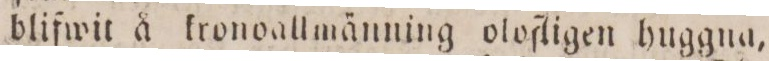
blifwit å kronoallmänning olofligen huggna,